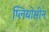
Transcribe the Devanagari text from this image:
प्लियोसीन